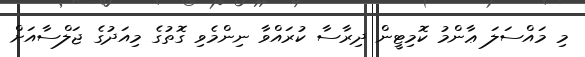
މި މައްސަލަ ޢާންމު ކޮމިޓީން ދިރާސާ ކުރައްވާ ނިންމެވި ގޮތުގެ މިއަދުގެ ޖަލްސާއަށް